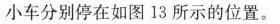
小车分别停在如图13所示的位置。